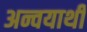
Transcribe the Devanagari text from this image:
अन्वयार्थी